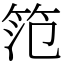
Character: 笵